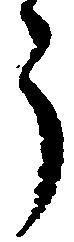
郎